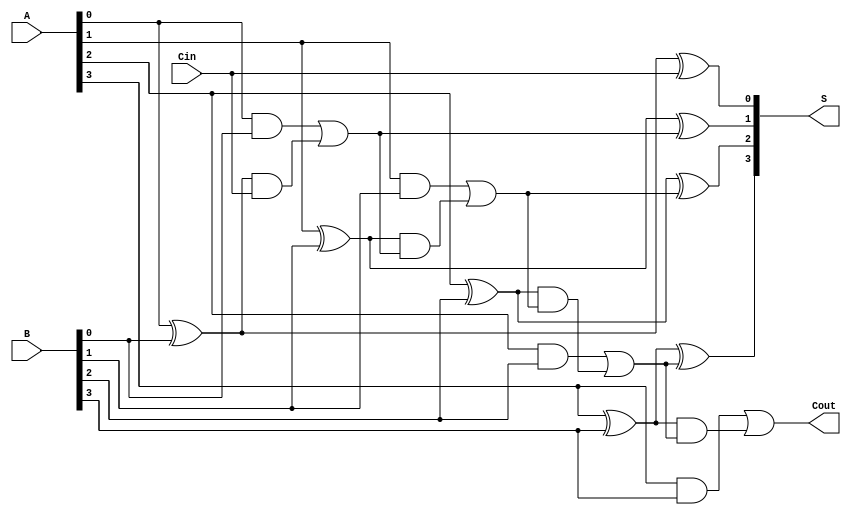
module conditional_sum_adder #(parameter WIDTH = 4) (
    input  [WIDTH-1:0] A,        // First input number
    input  [WIDTH-1:0] B,        // Second input number
    input               Cin,      // Carry-in
    output [WIDTH-1:0] S,        // Sum output
    output              Cout       // Carry-out
);

    // Generate and propagate signals
    wire [WIDTH-1:0] G; // Generate signals
    wire [WIDTH-1:0] P; // Propagate signals
    wire [WIDTH:0] C;    // Carry signals (C[0] = Cin)

    // Compute G and P for each bit
    generate
        genvar i;
        for (i = 0; i < WIDTH; i = i + 1) begin : gen_prop
            assign G[i] = A[i] & B[i]; // Generate
            assign P[i] = A[i] ^ B[i]; // Propagate
        end
    endgenerate

    // Compute carry signals
    assign C[0] = Cin; // Carry-in
    generate
        for (i = 1; i <= WIDTH; i = i + 1) begin : carry_gen
            assign C[i] = G[i-1] | (P[i-1] & C[i-1]); // Carry generation
        end
    endgenerate

    // Compute sum outputs
    generate
        for (i = 0; i < WIDTH; i = i + 1) begin : sum_calc
            assign S[i] = P[i] ^ C[i]; // Sum assuming carry-in
        end
    endgenerate

    // Final carry-out
    assign Cout = C[WIDTH]; // Carry-out from the last bit

endmodule